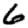
Digit: 6